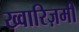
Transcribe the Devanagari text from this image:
ख्वारिज़मी